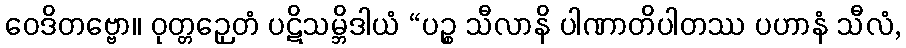
ဝေဒိတဗ္ဗော။ ဝုတ္တဉှေတံ ပဋိသမ္ဘိဒါယံ “ပဉ္စ သီလာနိ ပါဏာတိပါတဿ ပဟာနံ သီလံ,